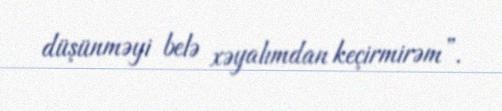
düşünməyi belə xəyalımdan keçirmirəm”.